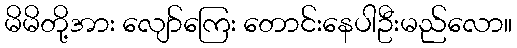
မိမိတို့အား လျော်ကြေး တောင်းနေပါဦးမည်လော။